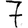
Digit: 7